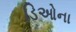
ડિઓના